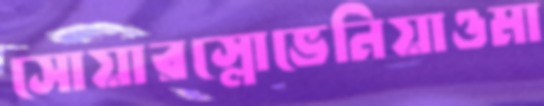
সোয়ারস্লোভেনিয়াওমা